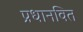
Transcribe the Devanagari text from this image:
प्रधानवित